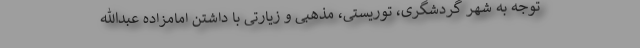
توجه به شهر گردشگری، توریستی، مذهبی و زیارتی با داشتن امامزاده عبدالله